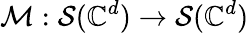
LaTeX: \mathcal{M}:\mathcal{S}(\mathbb{C}^{d})\rightarrow\mathcal{S}(\mathbb{C}^{d})